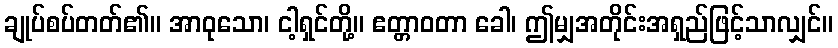
ချုပ်စပ်တတ်၏။ အာဝုသော၊ ငါ့ရှင်တို့။ ဧတ္တာဝတာ ခေါ၊ ဤမျှအတိုင်းအရှည်ဖြင့်သာလျှင်။